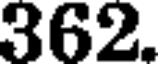
362.